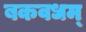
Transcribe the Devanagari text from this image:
बकवधम्